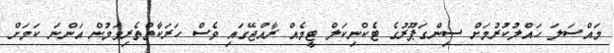
މައްސަލަ ހައްލުކުރުމަށް ސިންގަޕޫރުގެ ޓެކްނިކަލް ޓީމެއް ރާއްޖޭގައި ވެސް ހަރަކާތްތެރިވަމުން އަންނަ ކަމަށް